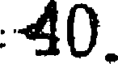
40.